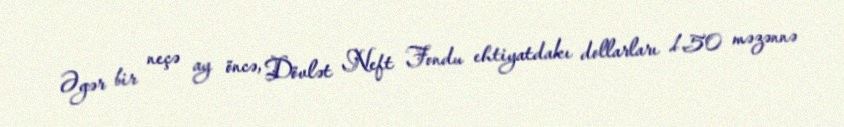
Əgər bir neçə ay öncə, Dövlət Neft Fondu ehtiyatdakı dollarları 1.50 məzənnə